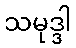
သမုဒ္ဒါ